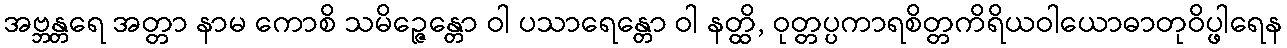
အဗ္ဘန္တရေ အတ္တာ နာမ ကောစိ သမိဉ္ဇေန္တော ဝါ ပသာရေန္တော ဝါ နတ္ထိ, ဝုတ္တပ္ပကာရစိတ္တကိရိယဝါယောဓာတုဝိပ္ဖါရေန